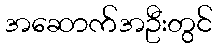
အဆောက်အဦးတွင်